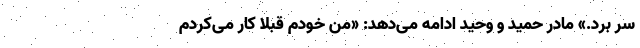
سر برد.» مادر حمید و وحید ادامه می‌دهد: «من خودم قبلا کار می‌کردم